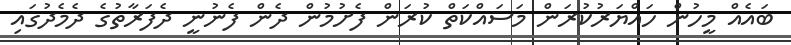
ބައެއް މީހުން ހައްޔަރުކުރަން މަސައްކަތް ކުރަން ފެށުމުން ދެން ފެނުނީ ދެފަރާތުގެ ދެމެދުގައި